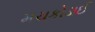
મચકોડાઈ